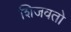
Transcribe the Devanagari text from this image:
शिजवतो